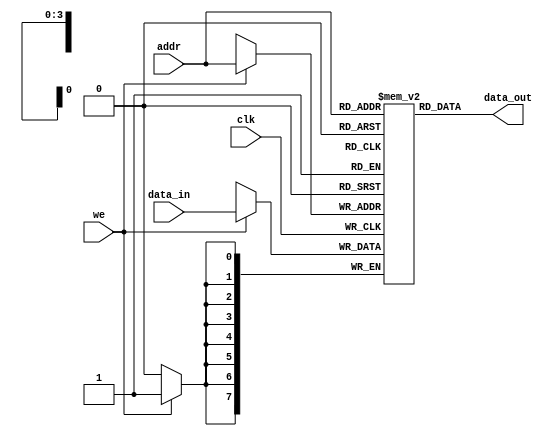
module parameterized_ram #(
    parameter DATA_WIDTH = 8,   // Specify the width of each memory word
    parameter ADDR_WIDTH = 4     // Specify the address width (2^ADDR_WIDTH locations)
)(
    input wire clk,              // Clock signal for synchronous operations
    input wire we,               // Write enable signal (active high)
    input wire [ADDR_WIDTH-1:0] addr, // Address input for read/write operations
    input wire [DATA_WIDTH-1:0] data_in, // Data input bus for writing data
    output reg [DATA_WIDTH-1:0] data_out  // Data output bus for reading data
);

    // Memory array declaration
    reg [DATA_WIDTH-1:0] mem [(2**ADDR_WIDTH)-1:0];

    // Asynchronous read operation
    always @(*) begin
        data_out = mem[addr]; // Output data based on the address
    end

    // Synchronous write operation
    always @(posedge clk) begin
        if (we) begin
            mem[addr] <= data_in; // Write data to memory on rising edge of clock
        end
    end

    // Optional: Asynchronous reset functionality (uncomment to use)
    /*
    input wire reset, // Asynchronous reset signal
    always @(posedge reset or posedge clk) begin
        if (reset) begin
            integer i;
            for (i = 0; i < (2**ADDR_WIDTH); i = i + 1) begin
                mem[i] <= {DATA_WIDTH{1'b0}}; // Clear memory to zero
            end
        end
    end
    */

endmodule